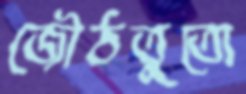
জৌঠতুতো